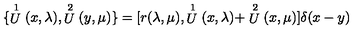
\{ \stackrel { 1 } { U } ( x , \lambda ) , \stackrel { 2 } { U } ( y , \mu ) \} = { [ } r ( \lambda , \mu ) , \stackrel { 1 } { U } ( x , \lambda ) + \stackrel { 2 } { U } ( x , \mu ) { ] } \delta ( x - y )